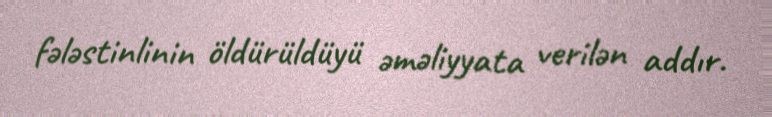
fələstinlinin öldürüldüyü əməliyyata verilən addır.